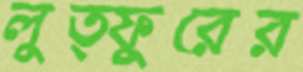
লুত্ফুরের